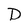
Character: D